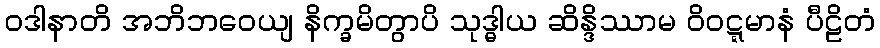
ဝဒါနာတိ အဘိဘဝေယျ နိက္ခမိတွာပိ သုဒ္ဓါယ ဆိန္ဒိဿာမ ဝိဝဋ္ဋမာနံ ပီဠိတံ